Civil Veterinary Dept. Bombay admin report 1932-41 - 1932-1941
Year: 1932
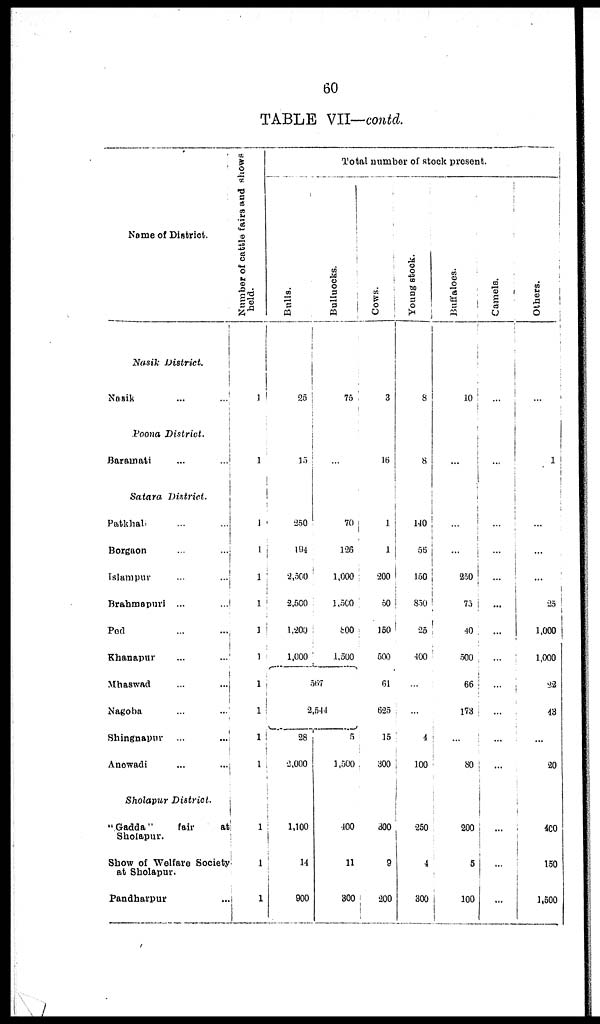
60
TABLE VII—contd.
Name of District.
Nasik
District.
Nasik ... ...
Poona District.
Baramati ... ...
Satara
District.
Patkhali ... ...
Borgaon ... ...
Islampur ... ...
Brahmapuri
... ...
Ped ... ...
Khanapur ... ...
Mhaswad ... ...
Nagoba ... ...
Shingnapur
... ...
Anowadi ... ...
Sholapur
District.
"Gadda"
fair
at
Sholapur.
Show of Welfare Society
at Sholapur.
Pandharpur ...
Number of cattle fairs and shows
held.
1
1
1
1
1
1
1
1
1
1
1
1
1
1
1
Total number of stock present.
Bulls.
25
15
250
194
2,500
2,500
1,200
1,000
Bulluocks.
75
...
70
126
1,000
1,500
800
1,500
567
2,544
28
2,000
1,100
14
900
5
1,500
400
11
800
Cows.
3
16
1
1
200
50
150
500
61
625
15
300
300
9
200
Young stock.
8
8
140
56
150
850
25
400
...
...
4
100
20
4
300
Buffaloes.
10
...
...
...
250
73
40
500
66
173
...
80
200
5
100
Camels.
...
...
...
...
...
...
...
...
...
...
...
...
...
...
...
Others.
...
...
...
...
...
25
1,000
1,000
22
43
...
20
400
150
1,500